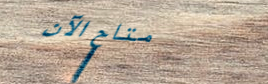
متاح الآن